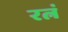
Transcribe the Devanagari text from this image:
रत्नं